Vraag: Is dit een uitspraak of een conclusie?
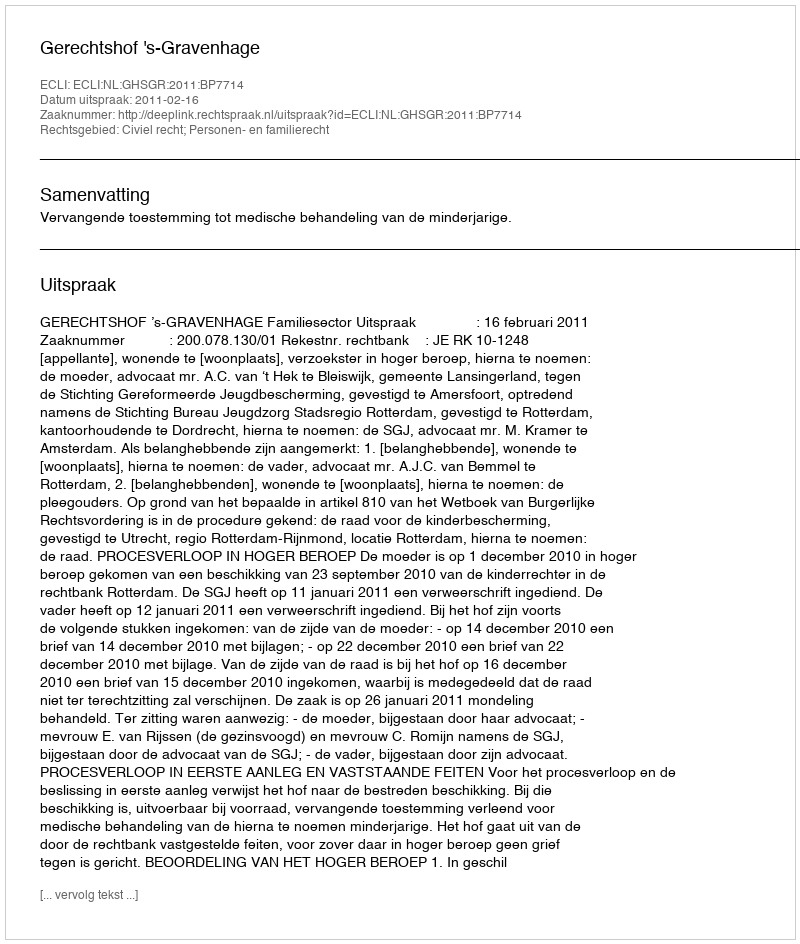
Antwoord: Uitspraak